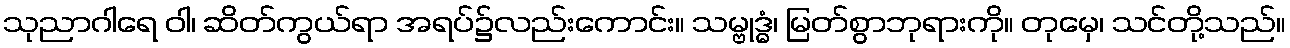
သုညာဂါရေ ဝါ၊ ဆိတ်ကွယ်ရာ အရပ်၌လည်းကောင်း။ သမ္ဗုဒ္ဓံ၊ မြတ်စွာဘုရားကို။ တုမှေ၊ သင်တို့သည်။